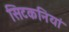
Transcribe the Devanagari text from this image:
सिटकनियां